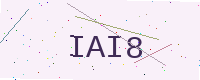
Text: IAI8